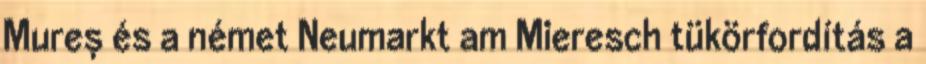
Mureș és a német Neumarkt am Mieresch tükörfordítás a